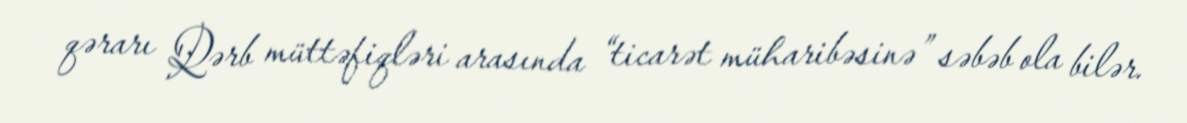
qərarı Qərb müttəfiqləri arasında “ticarət müharibəsinə” səbəb ola bilər.